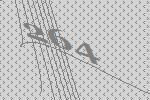
264